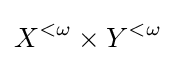
X^{<\omega }\times Y^{<\omega }